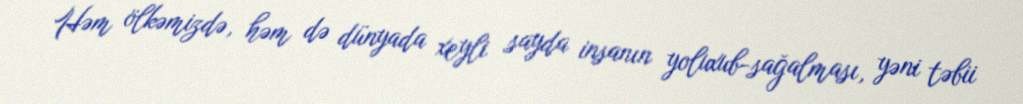
Həm ölkəmizdə, həm də dünyada xeyli sayda insanın yoluxub-sağalması, yəni təbii